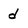
Character: d